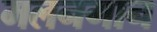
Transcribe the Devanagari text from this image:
मलनगान